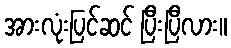
အားလုံးပြင်ဆင် ပြီးပြီလား။